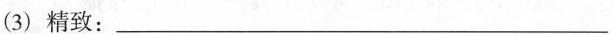
(3)精致：___